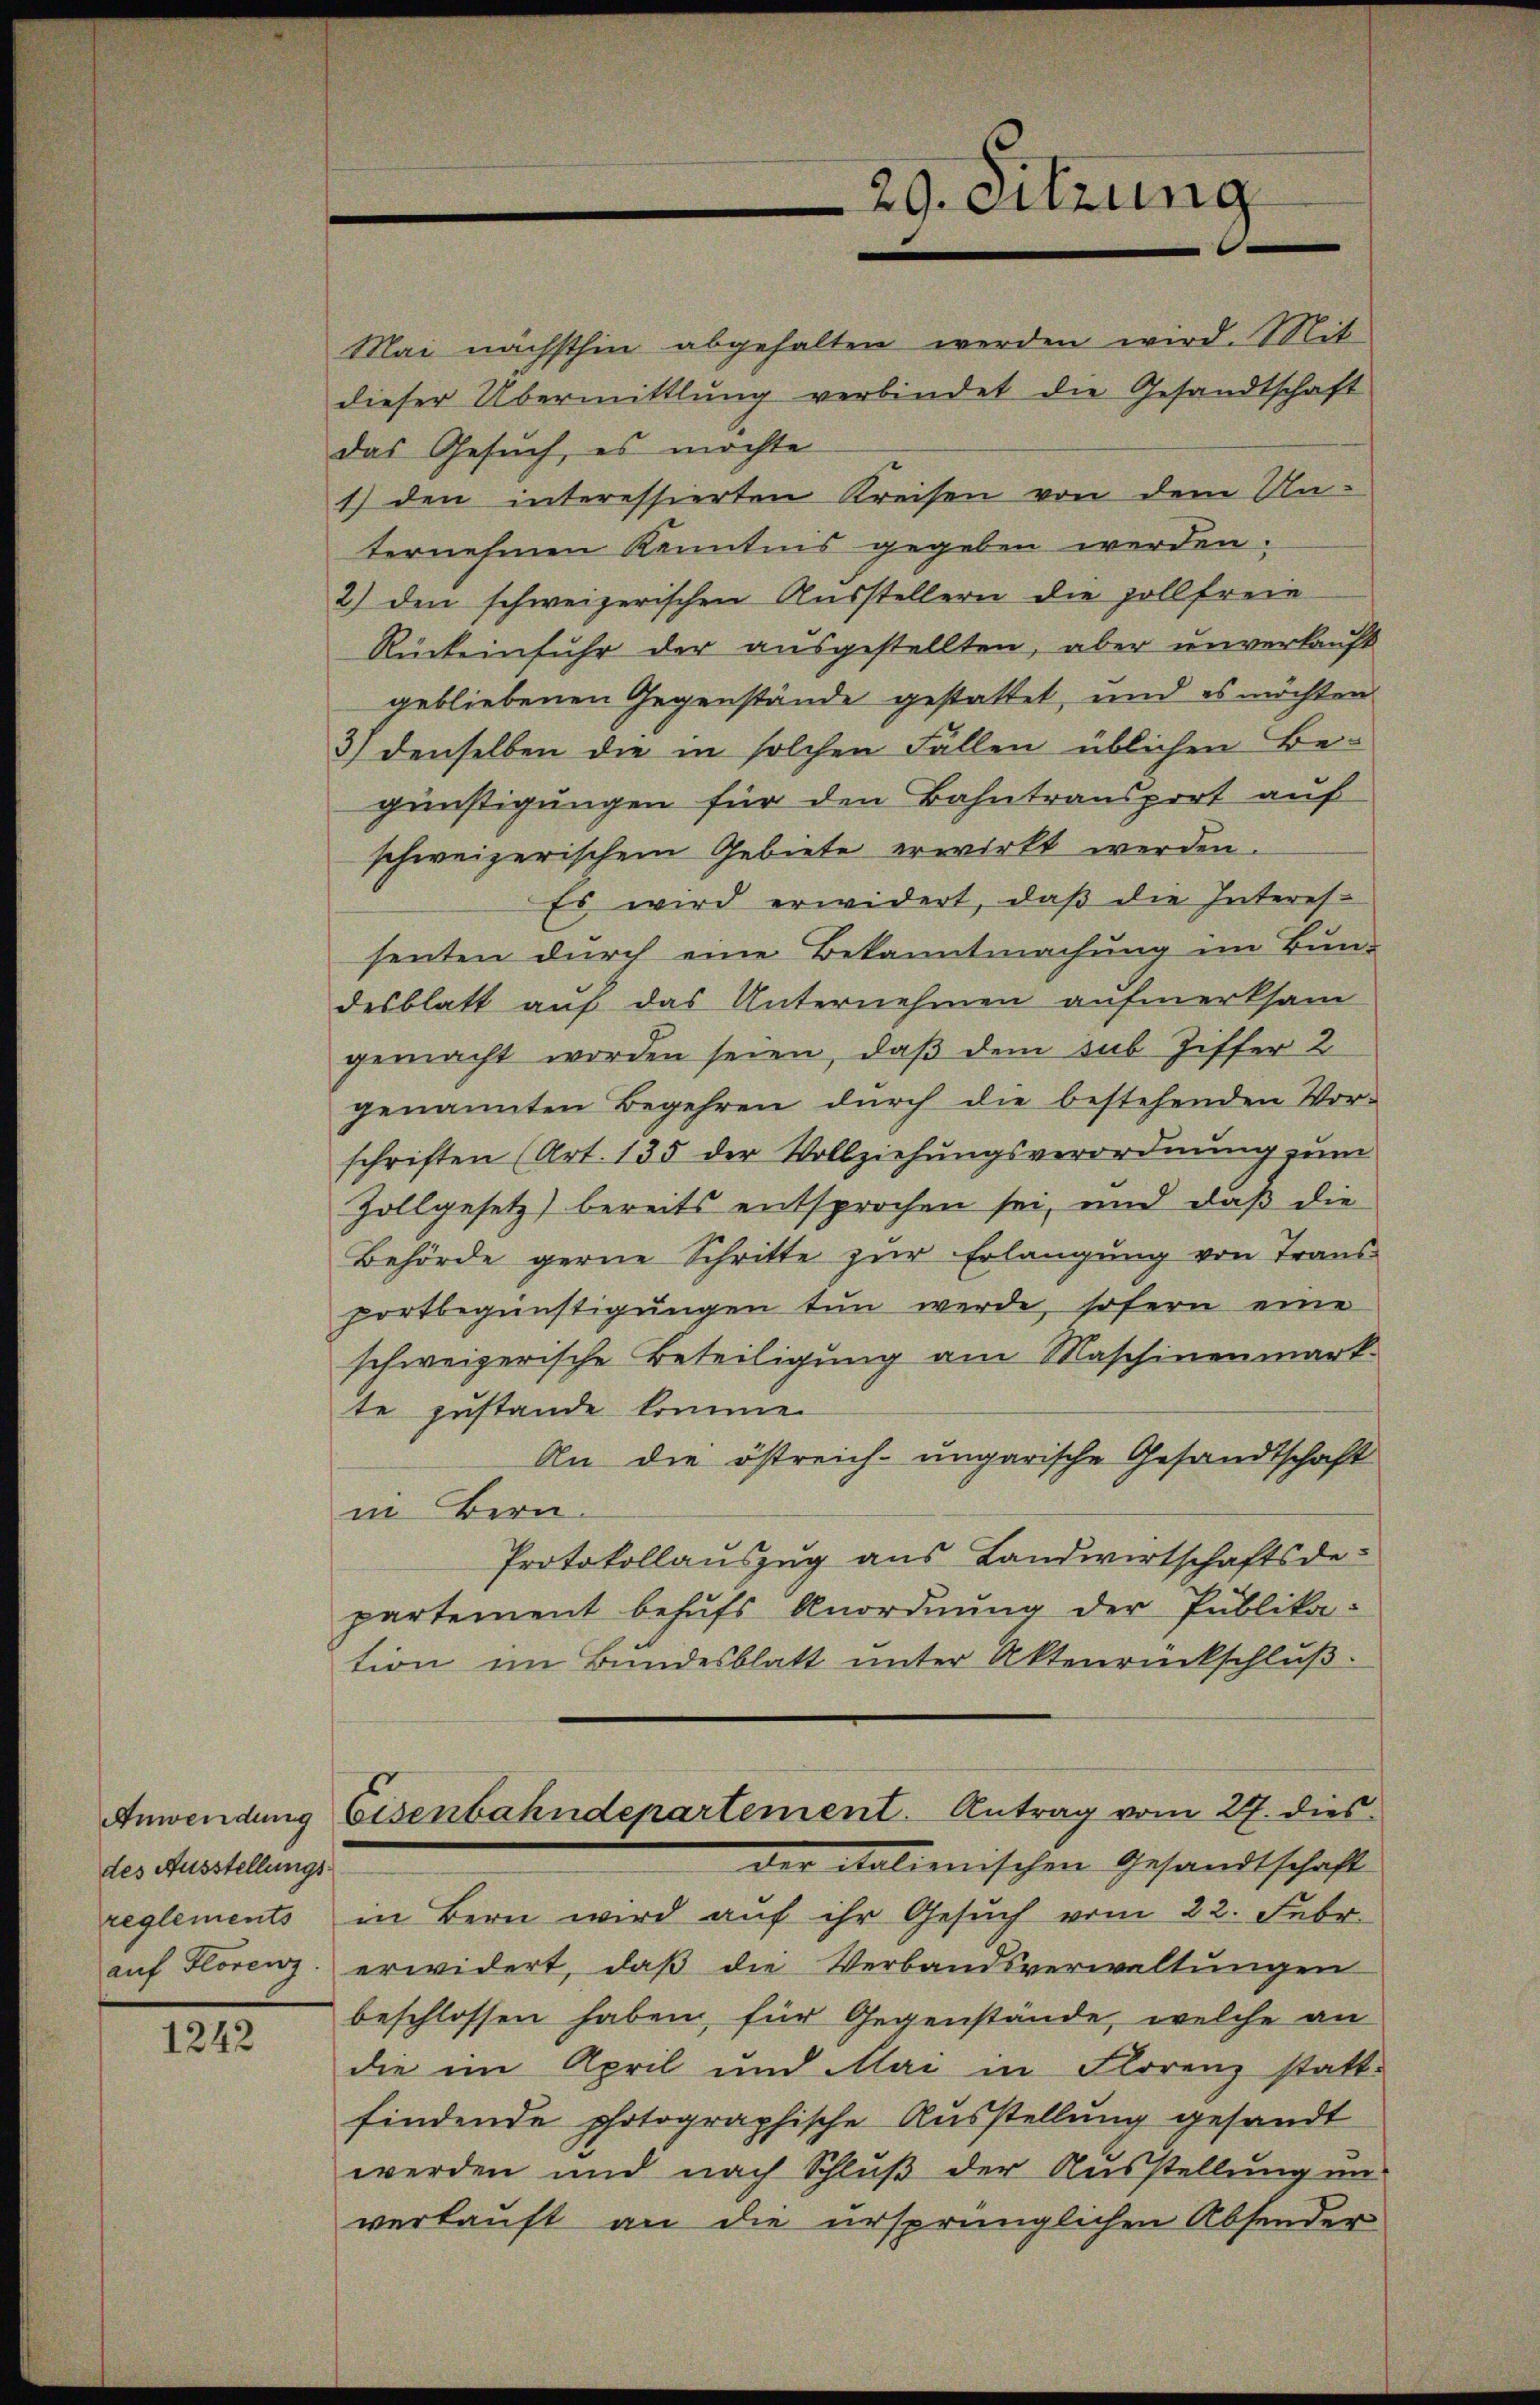
des Ausstellungsreglements

1242

Mai nächsthin abgehalten werden wird. Mit
dieser Übermittlung verbindet die Gesandtschaft
das Gesuch, es möchte
1) den interessierten Kreisen von dem Un-
ternehmen Kenntnis gegeben werden.
2) den schweizerischen Ausstellern die sollfreie
Rückeinfuhr der ausgestellten, aber unverkauft

29. Sitzung

gebliebenen Gegenstände gestattet, und es möchten
3) denselben die in solchen Fällen üblichen Be-
günstigungen für den Bahntransport auf
schweizerischem Gebiete erwirkt werden.
Es wird erwidert, daß die Interes-
senten durch eine Bekanntmachung im Bun-
desblatt auf das Unternehmen aufmerksam
gemacht worden seien, daß dem sub. Ziffer 2
genannten Begehren durch die bestehenden Vor-
schriften (Art. 135 der Vollziehungsverordnung zum
Zollgesetz) bereits entsprochen sei, und daß die
Behörde gerne Schritte zur Erlangung von Trans
portbegünstigungen tun werde, sofern eine
schweizerische Beteiligung am Maschinenmark
te zustande komme.
An die östreich-ungarische Gesandtschaft
in Bern.
Protokollauszug aus Landwirtschaftsde-
partement behufs Anordnung der Publika-
tion im Bundesblatt unter Aktenrückschluß
Anwendung Eisenbahndepartement. Antrag vom 27. dies
der italienischen Gesandtschaft
in Bern wird auf ihr Gesuch vom 22. Febr.
aŭf Florenz. erwidert, daβ die Verbandsverwaltŭngen
beschlossen haben, für Gegenstände, welche an
die im April und Mai in Florenz statt-
findende photographische Ausstellung gesandt
werden und nach Schluß der Ausstellung un-
verkauft an die ursprünglichen Absender